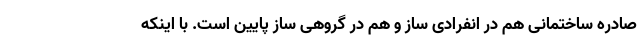
صادره ساختمانی هم در انفرادی ساز و هم در گروهی ساز پایین است. با اینکه